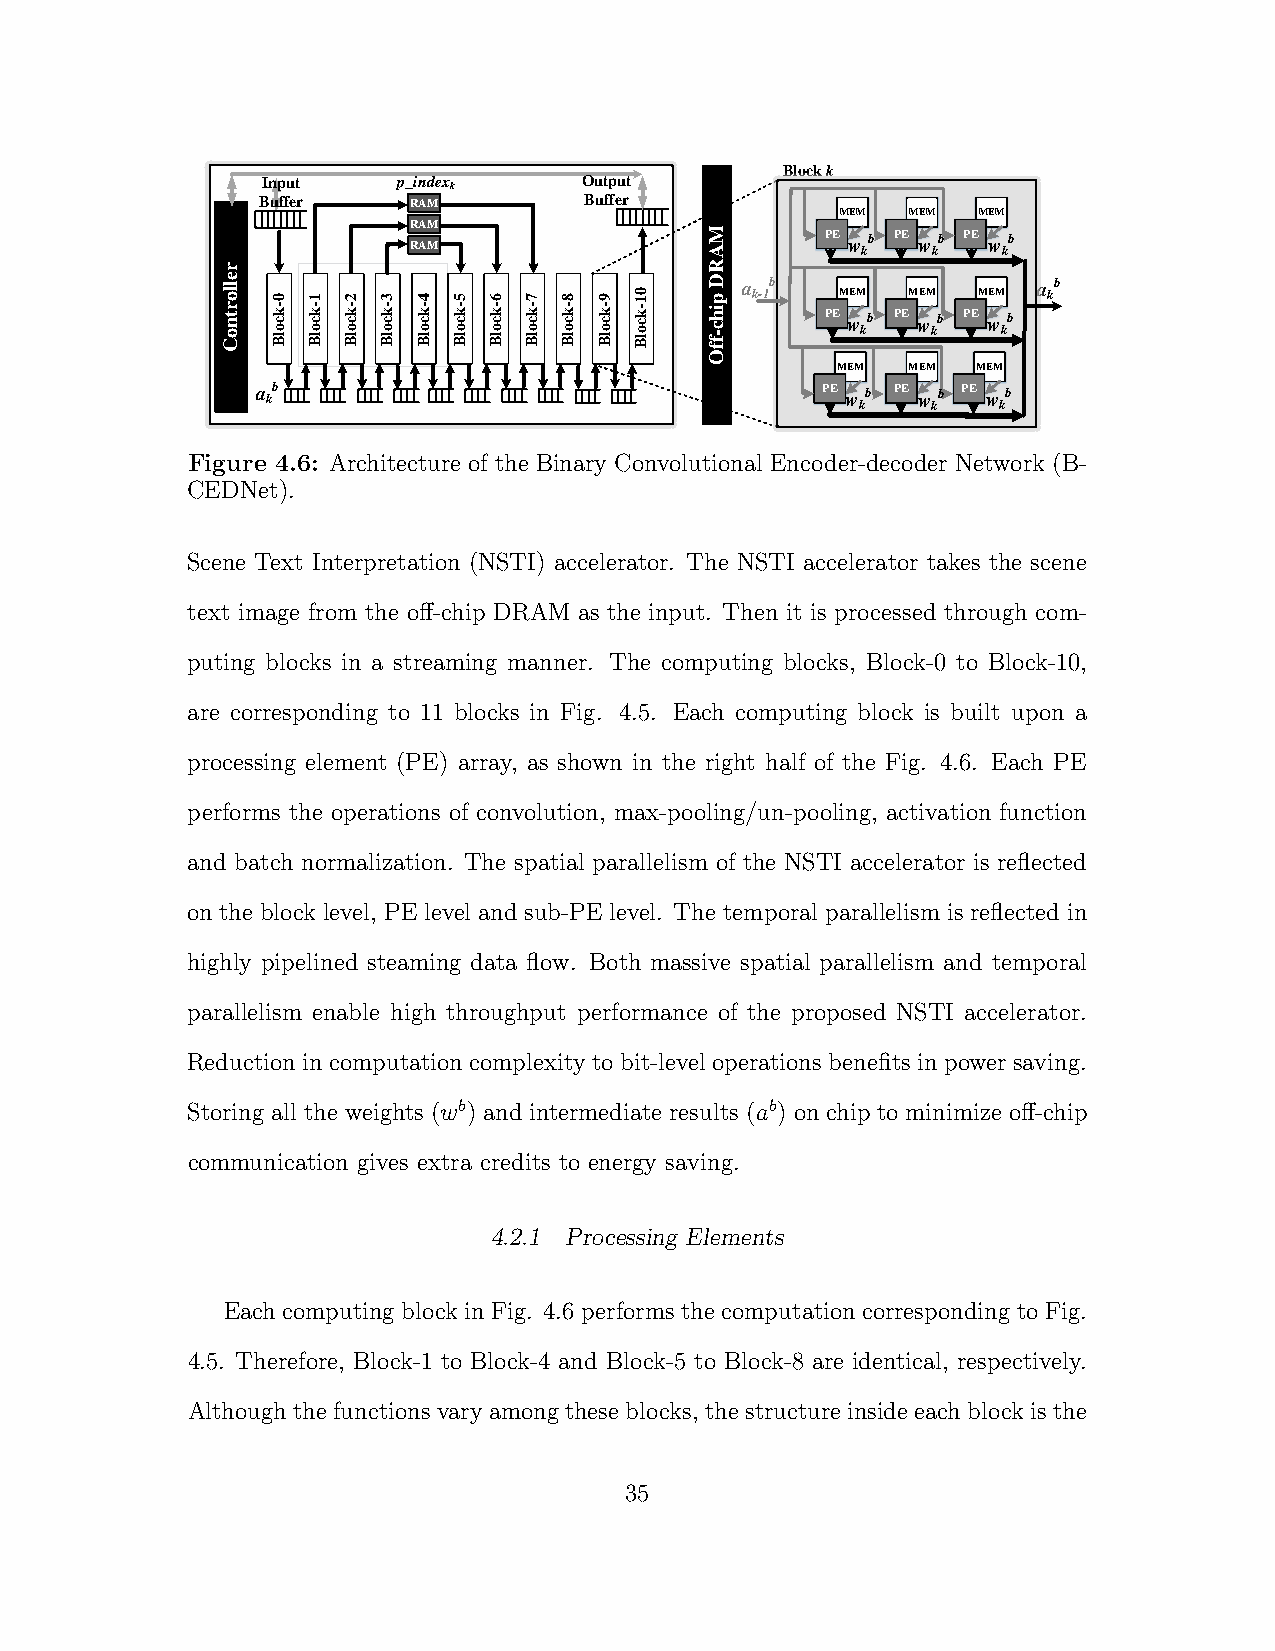
Block k
 Input    p_index k    Output
 Buffer    RAM         Buffer
 MEM MEM  MEM
 RAM
 RAM                 M A     PE w kb PE w kb PE w kb
 r                               R
 e llo r t n o
 C
 k c o lB0 - k c o lB1 - k c o lB2 - k c o lB3 - k c o lB4 - k c o lB5 - k c o lB6 - k c o lB7 - k c o lB8 - k c o lB9 - k c o0 lB1 - D p fi fh c - a k-1b PEM wEM kb PEM wEM kb PEM wEM kb a kb
 O
 MEM  MEM  MEM
 a kb                                 PE w kb PE w kb PE w kb
 Figure 4.6: Architecture of the Binary Convolutional Encoder-decoder Network (B-
 CEDNet).
 Scene Text Interpretation (NSTI) accelerator. The NSTI accelerator takes the scene
 text image from the off-chip DRAM as the input. Then it is processed through com-
 puting blocks in a streaming manner. The computing blocks, Block-0 to Block-10,
 are corresponding to 11 blocks in Fig. 4.5. Each computing block is built upon a
 processing element (PE) array, as shown in the right half of the Fig. 4.6. Each PE
 performs the operations of convolution, max-pooling/un-pooling, activation function
 and batch normalization. The spatial parallelism of the NSTI accelerator is reflected
 on the block level, PE level and sub-PE level. The temporal parallelism is reflected in
 highly pipelined steaming data flow. Both massive spatial parallelism and temporal
 parallelism enable high throughput performance of the proposed NSTI accelerator.
 Reduction in computation complexity to bit-level operations benefits in power saving.
 Storing all the weights (wb) and intermediate results (ab) on chip to minimize off-chip
 communication gives extra credits to energy saving.
 4.2.1 Processing Elements
 Each computing block in Fig. 4.6 performs the computation corresponding to Fig.
 4.5. Therefore, Block-1 to Block-4 and Block-5 to Block-8 are identical, respectively.
 Although the functions vary amongthese blocks, thestructure insideeach blockis the
 35